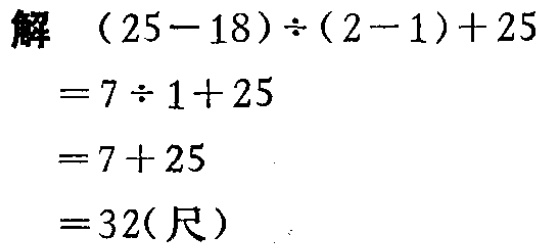
\[

\begin{align*}

&(25 - 18)\div(2 - 1)+25\\

=&7\div1 + 25\\

=&7+25\\

=&32(\text{尺})

\end{align*}

\]